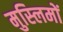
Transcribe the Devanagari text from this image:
मुस्‍लिमों